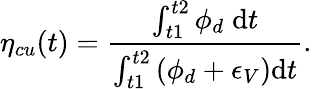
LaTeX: \eta_{cu}(t)=\frac{\int_{t1}^{t2}\phi_{d}\; \mathrm{d}t}{\int_{t1}^{t2}\left(\phi_{d}+\epsilon_{V}\right)\mathrm{d}t}.